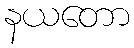
နယတော